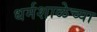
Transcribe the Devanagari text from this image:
धर्मशाळेच्या